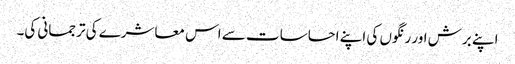
اپنے برش اور رنگوں کی اپنے احساسات سے اس معاشرے کی ترجمانی کی۔